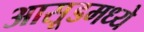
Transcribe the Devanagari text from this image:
आसूडमध्ये